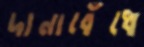
দানাবেঁধে